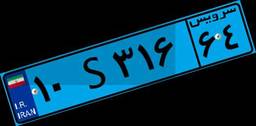
۷۰S۷۹۰۶۹